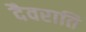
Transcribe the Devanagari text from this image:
दैवराति